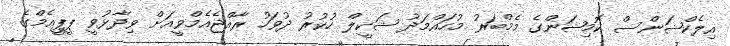
އިލެކްޝަންސް ކޮމިޝަންގެ މެމްބަރު މުހައްމަދު ޝަކީލް ހުކުރު ދުވަހު ރާއްޖެއެމްވީއަށް ވިދާޅުވީ ޕީޕީއެމްގެ